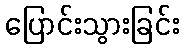
ပြောင်းသွားခြင်း